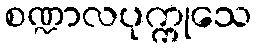
စဏ္ဍာလပုက္ကုသေ